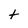
Character: t